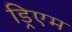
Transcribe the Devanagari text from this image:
ड्रिएम